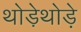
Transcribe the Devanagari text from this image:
थोडे़थोड़े